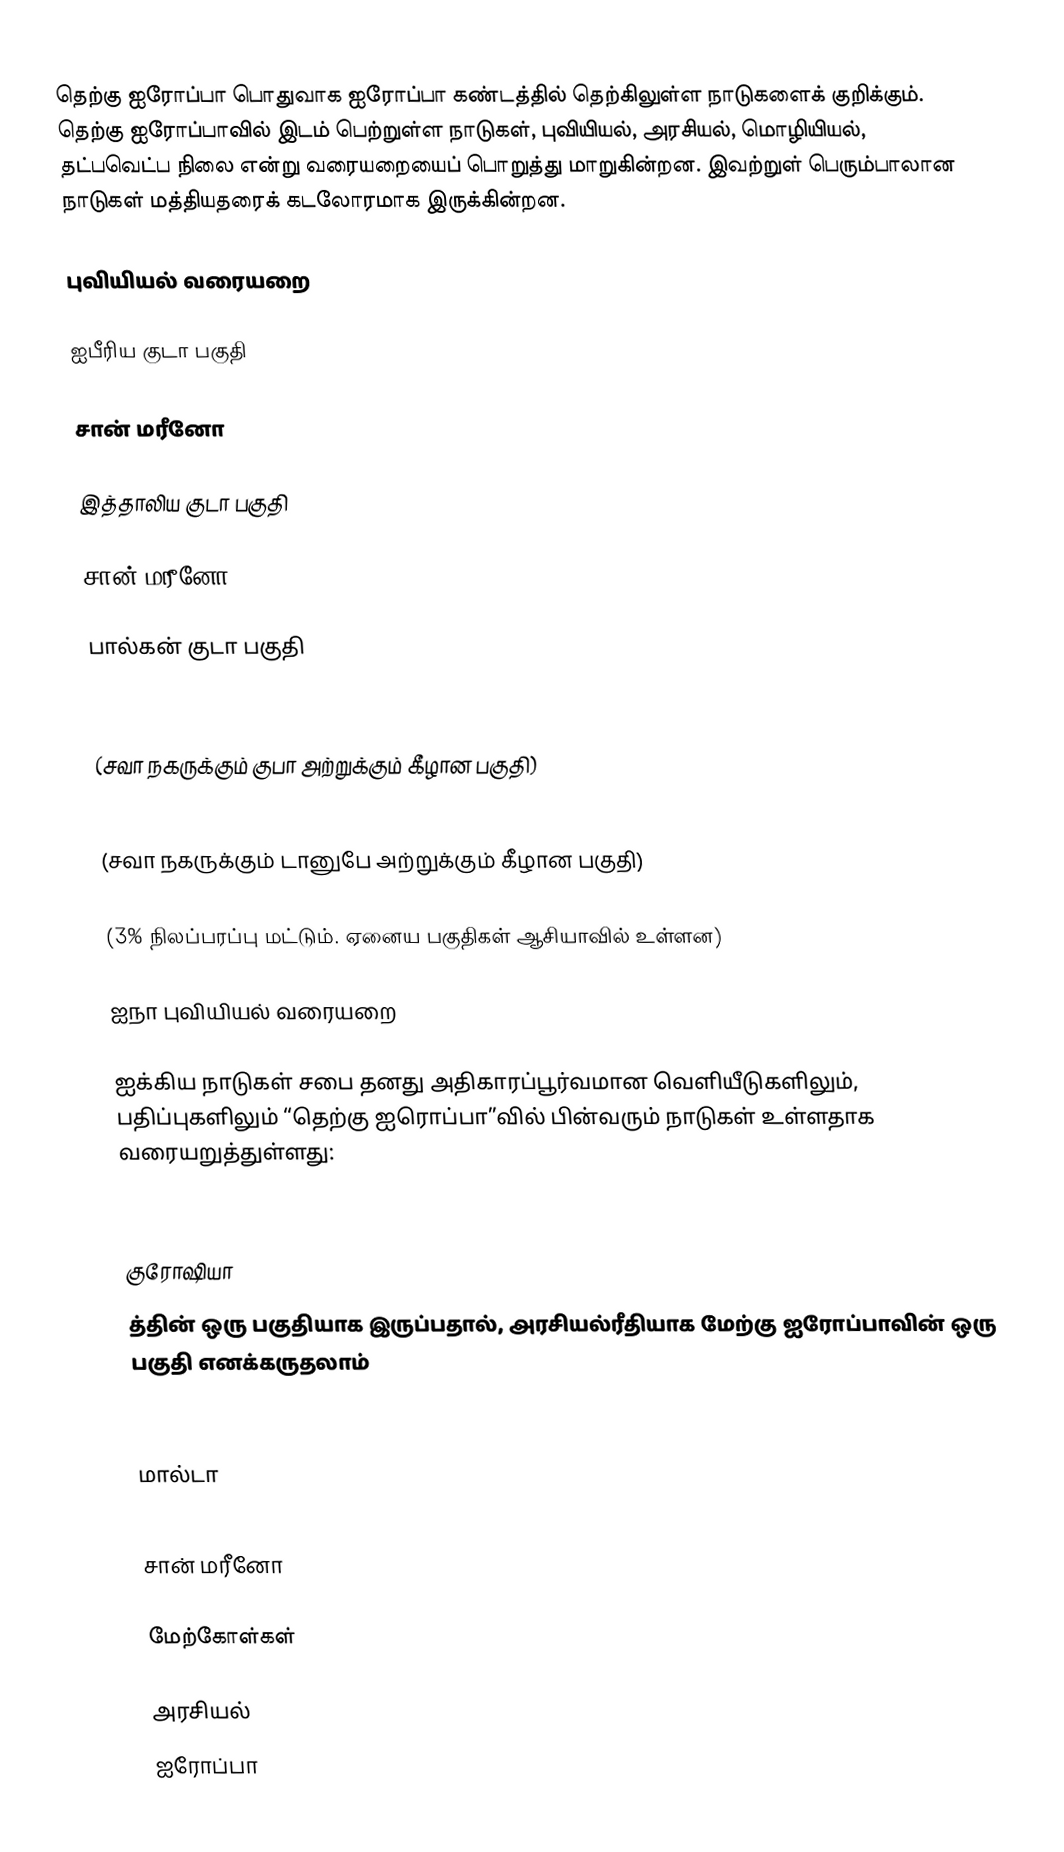
தெற்கு ஐரோப்பா பொதுவாக ஐரோப்பா கண்டத்தில் தெற்கிலுள்ள நாடுகளைக் குறிக்கும். தெற்கு ஐரோப்பாவில் இடம் பெற்றுள்ள நாடுகள், புவியியல், அரசியல், மொழியியல், தட்பவெட்ப நிலை என்று வரையறையைப் பொறுத்து மாறுகின்றன. இவற்றுள் பெரும்பாலான நாடுகள் மத்தியதரைக் கடலோரமாக இருக்கின்றன.

புவியியல் வரையறை

ஐபீரிய குடா பகுதி

  சான் மரீனோ

இத்தாலிய குடா பகுதி

  சான் மரீனோ

பால்கன் குடா பகுதி

  (சவா நகருக்கும் குபா அற்றுக்கும் கீழான பகுதி)

  (சவா நகருக்கும் டானுபே அற்றுக்கும் கீழான பகுதி)

  (3% நிலப்பரப்பு மட்டும். ஏனைய பகுதிகள் ஆசியாவில் உள்ளன)

ஐநா புவியியல் வரையறை

ஐக்கிய நாடுகள் சபை தனது அதிகாரப்பூர்வமான வெளியீடுகளிலும், பதிப்புகளிலும் “தெற்கு ஐரொப்பா”வில் பின்வரும் நாடுகள் உள்ளதாக வரையறுத்துள்ளது:

  குரோஷியா
  த்தின் ஒரு பகுதியாக இருப்பதால், அரசியல்ரீதியாக மேற்கு ஐரோப்பாவின் ஒரு பகுதி எனக்கருதலாம்

  மால்டா

  சான் மரீனோ

மேற்கோள்கள்

அரசியல்
ஐரோப்பா